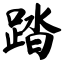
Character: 踏